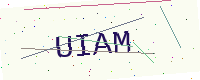
Text: UIAM